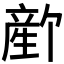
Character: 𬎻